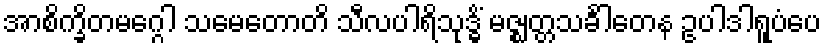
အာစိက္ခိတမဂ္ဂေါ သမေတောတိ သီလပါရိသုဒ္ဓိံ မဇ္ဈတ္တသင်္ခါတေန ဥပါဒါရူပံပေ